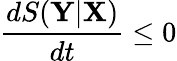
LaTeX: \frac{dS(\mathbf{Y}|\mathbf{X})}{dt}\le 0